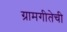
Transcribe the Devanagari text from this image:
ग्रामगीतेची